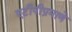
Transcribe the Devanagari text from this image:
एटीपीप्रमाणे